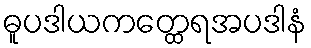
ဓူပဒါယကတ္ထေရအပဒါနံ